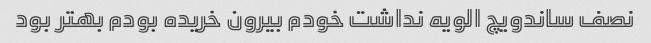
نصف ساندویچ الویه نداشت خودم بیرون خریده بودم بهتر بود